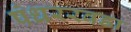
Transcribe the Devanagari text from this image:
पंधररवडा